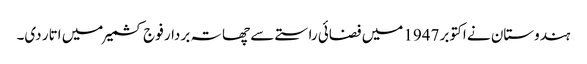
ہندوستان نے اکتوبر 1947 میں فضائی راستے سے چھاتہ بردار فوج کشمیر میں اتار دی۔